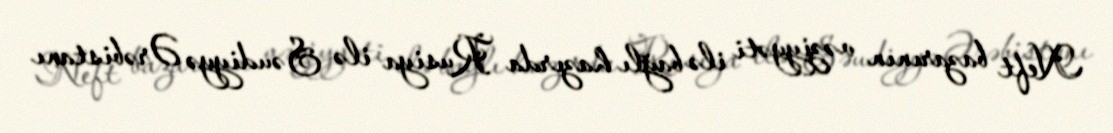
Neft bazarının vəziyyəti ilə bağlı hazırda Rusiya ilə Səudiyyə Ərəbistanı